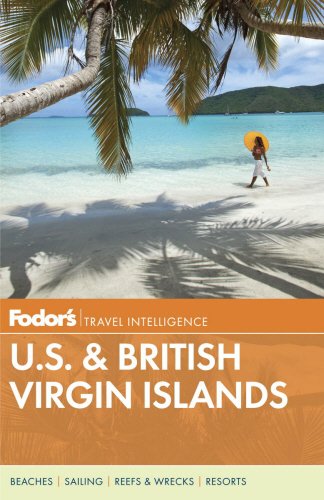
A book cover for Fodor's U.S. & British Virgin Islands (Full-color Travel Guide); Fodor's; Travel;